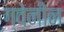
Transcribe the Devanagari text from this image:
ग्वेनीन